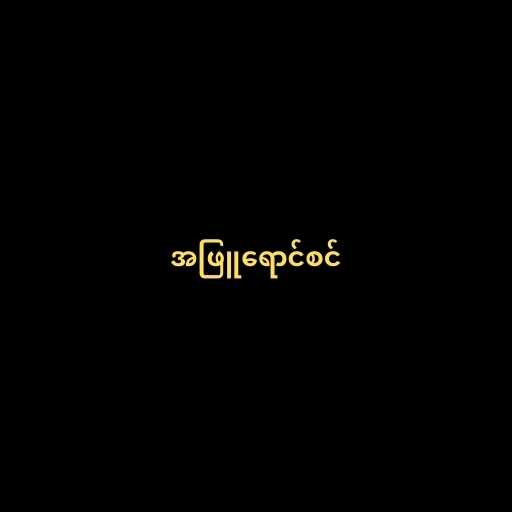
အဖြူရောင်စင်